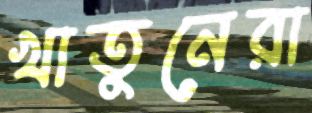
খাতুনেরা